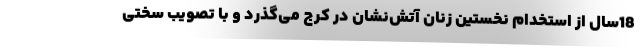
18سال از استخدام نخستین زنان آتش‌نشان در کرج می‌گذرد و با تصویب سختی